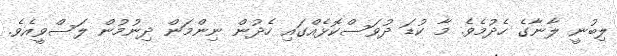
ލިބުނީ ލާނާގެ ހެދުމެވެ. މާ ކުޑަ ދުވަސްކޮޅެއްގައި ހެދުން ނިންމަން ދިނުމުން ލަސްވީއެވެ.